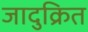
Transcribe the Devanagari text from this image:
जादुक्रित